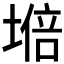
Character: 𡏧